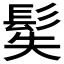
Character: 𩬭